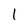
Character: 1